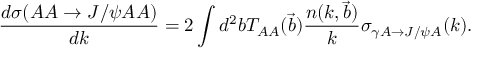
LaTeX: { \frac { d \sigma ( A A \to J / \psi A A ) } { d k } } = 2 \int d ^ { 2 } b T _ { A A } ( { \vec { b } } ) \frac { n ( k , { \vec { b } } ) } { k } \sigma _ { \gamma A \rightarrow J / \psi A } ( k ) .